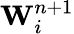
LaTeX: \textbf{W}_{i}^{n+1}